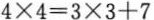
$$4\times 4＝3\times 3+7$$